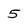
Character: 5